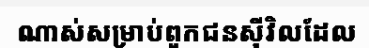
ណាស់សម្រាប់ពួកជនស៊ីវិលដែល